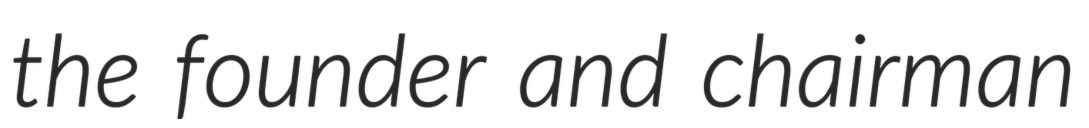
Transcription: the founder and chairman